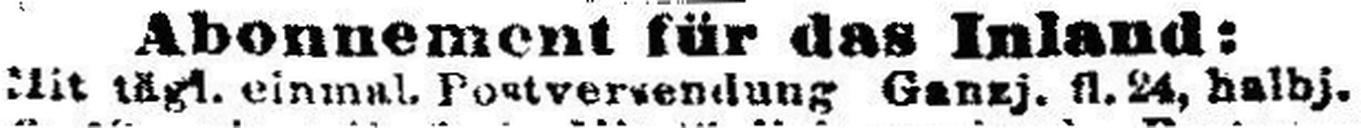
Mit tägl. einmal. Portversendung Ganzj. fl. 24, halbj.